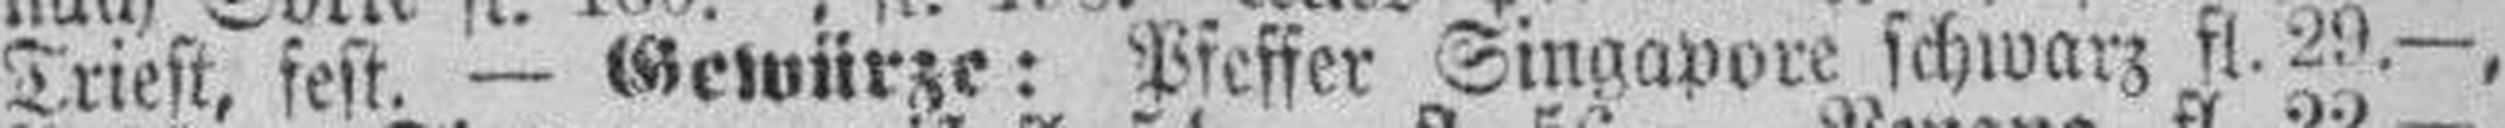
Triest, fest. — Gewürze: Pfeffer Singapore schwarz fl. 29.—,